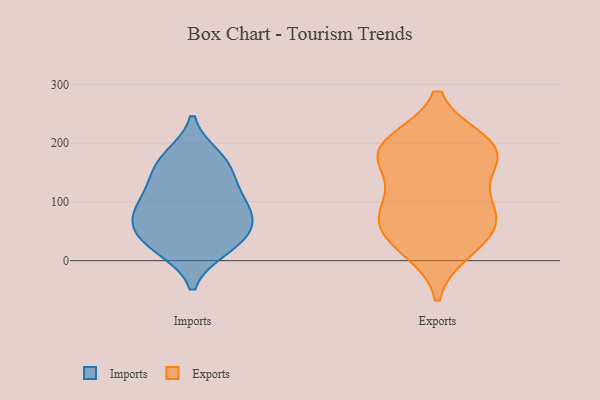
{"axis": {"x": "Revenue (USD Million)", "y": "Value"}, "legend": ["Exports", "Imports"], "data": [{"x": "", "y": 22, "type": "Imports"}, {"x": "", "y": 79, "type": "Imports"}, {"x": "", "y": 39, "type": "Imports"}, {"x": "", "y": 110, "type": "Imports"}, {"x": "", "y": 67, "type": "Imports"}, {"x": "", "y": 105, "type": "Imports"}, {"x": "", "y": 175, "type": "Imports"}, {"x": "", "y": 69, "type": "Imports"}, {"x": "", "y": 166, "type": "Imports"}, {"x": "", "y": 149, "type": "Imports"}, {"x": "", "y": 28, "type": "Imports"}, {"x": "", "y": 173, "type": "Exports"}, {"x": "", "y": 21, "type": "Exports"}, {"x": "", "y": 186, "type": "Exports"}, {"x": "", "y": 48, "type": "Exports"}, {"x": "", "y": 80, "type": "Exports"}, {"x": "", "y": 185, "type": "Exports"}, {"x": "", "y": 199, "type": "Exports"}, {"x": "", "y": 44, "type": "Exports"}, {"x": "", "y": 98, "type": "Exports"}, {"x": "", "y": 185, "type": "Exports"}, {"x": "", "y": 88, "type": "Exports"}]}